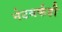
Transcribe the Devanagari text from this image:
नेटवर्कही